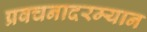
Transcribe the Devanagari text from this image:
प्रवचनादरम्यान